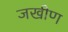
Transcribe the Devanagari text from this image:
जखीण